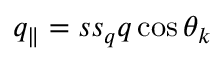
q _ { \parallel } = s s _ { q } q \cos \theta _ { k }